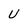
Character: U